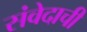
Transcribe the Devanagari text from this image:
संवेदाची